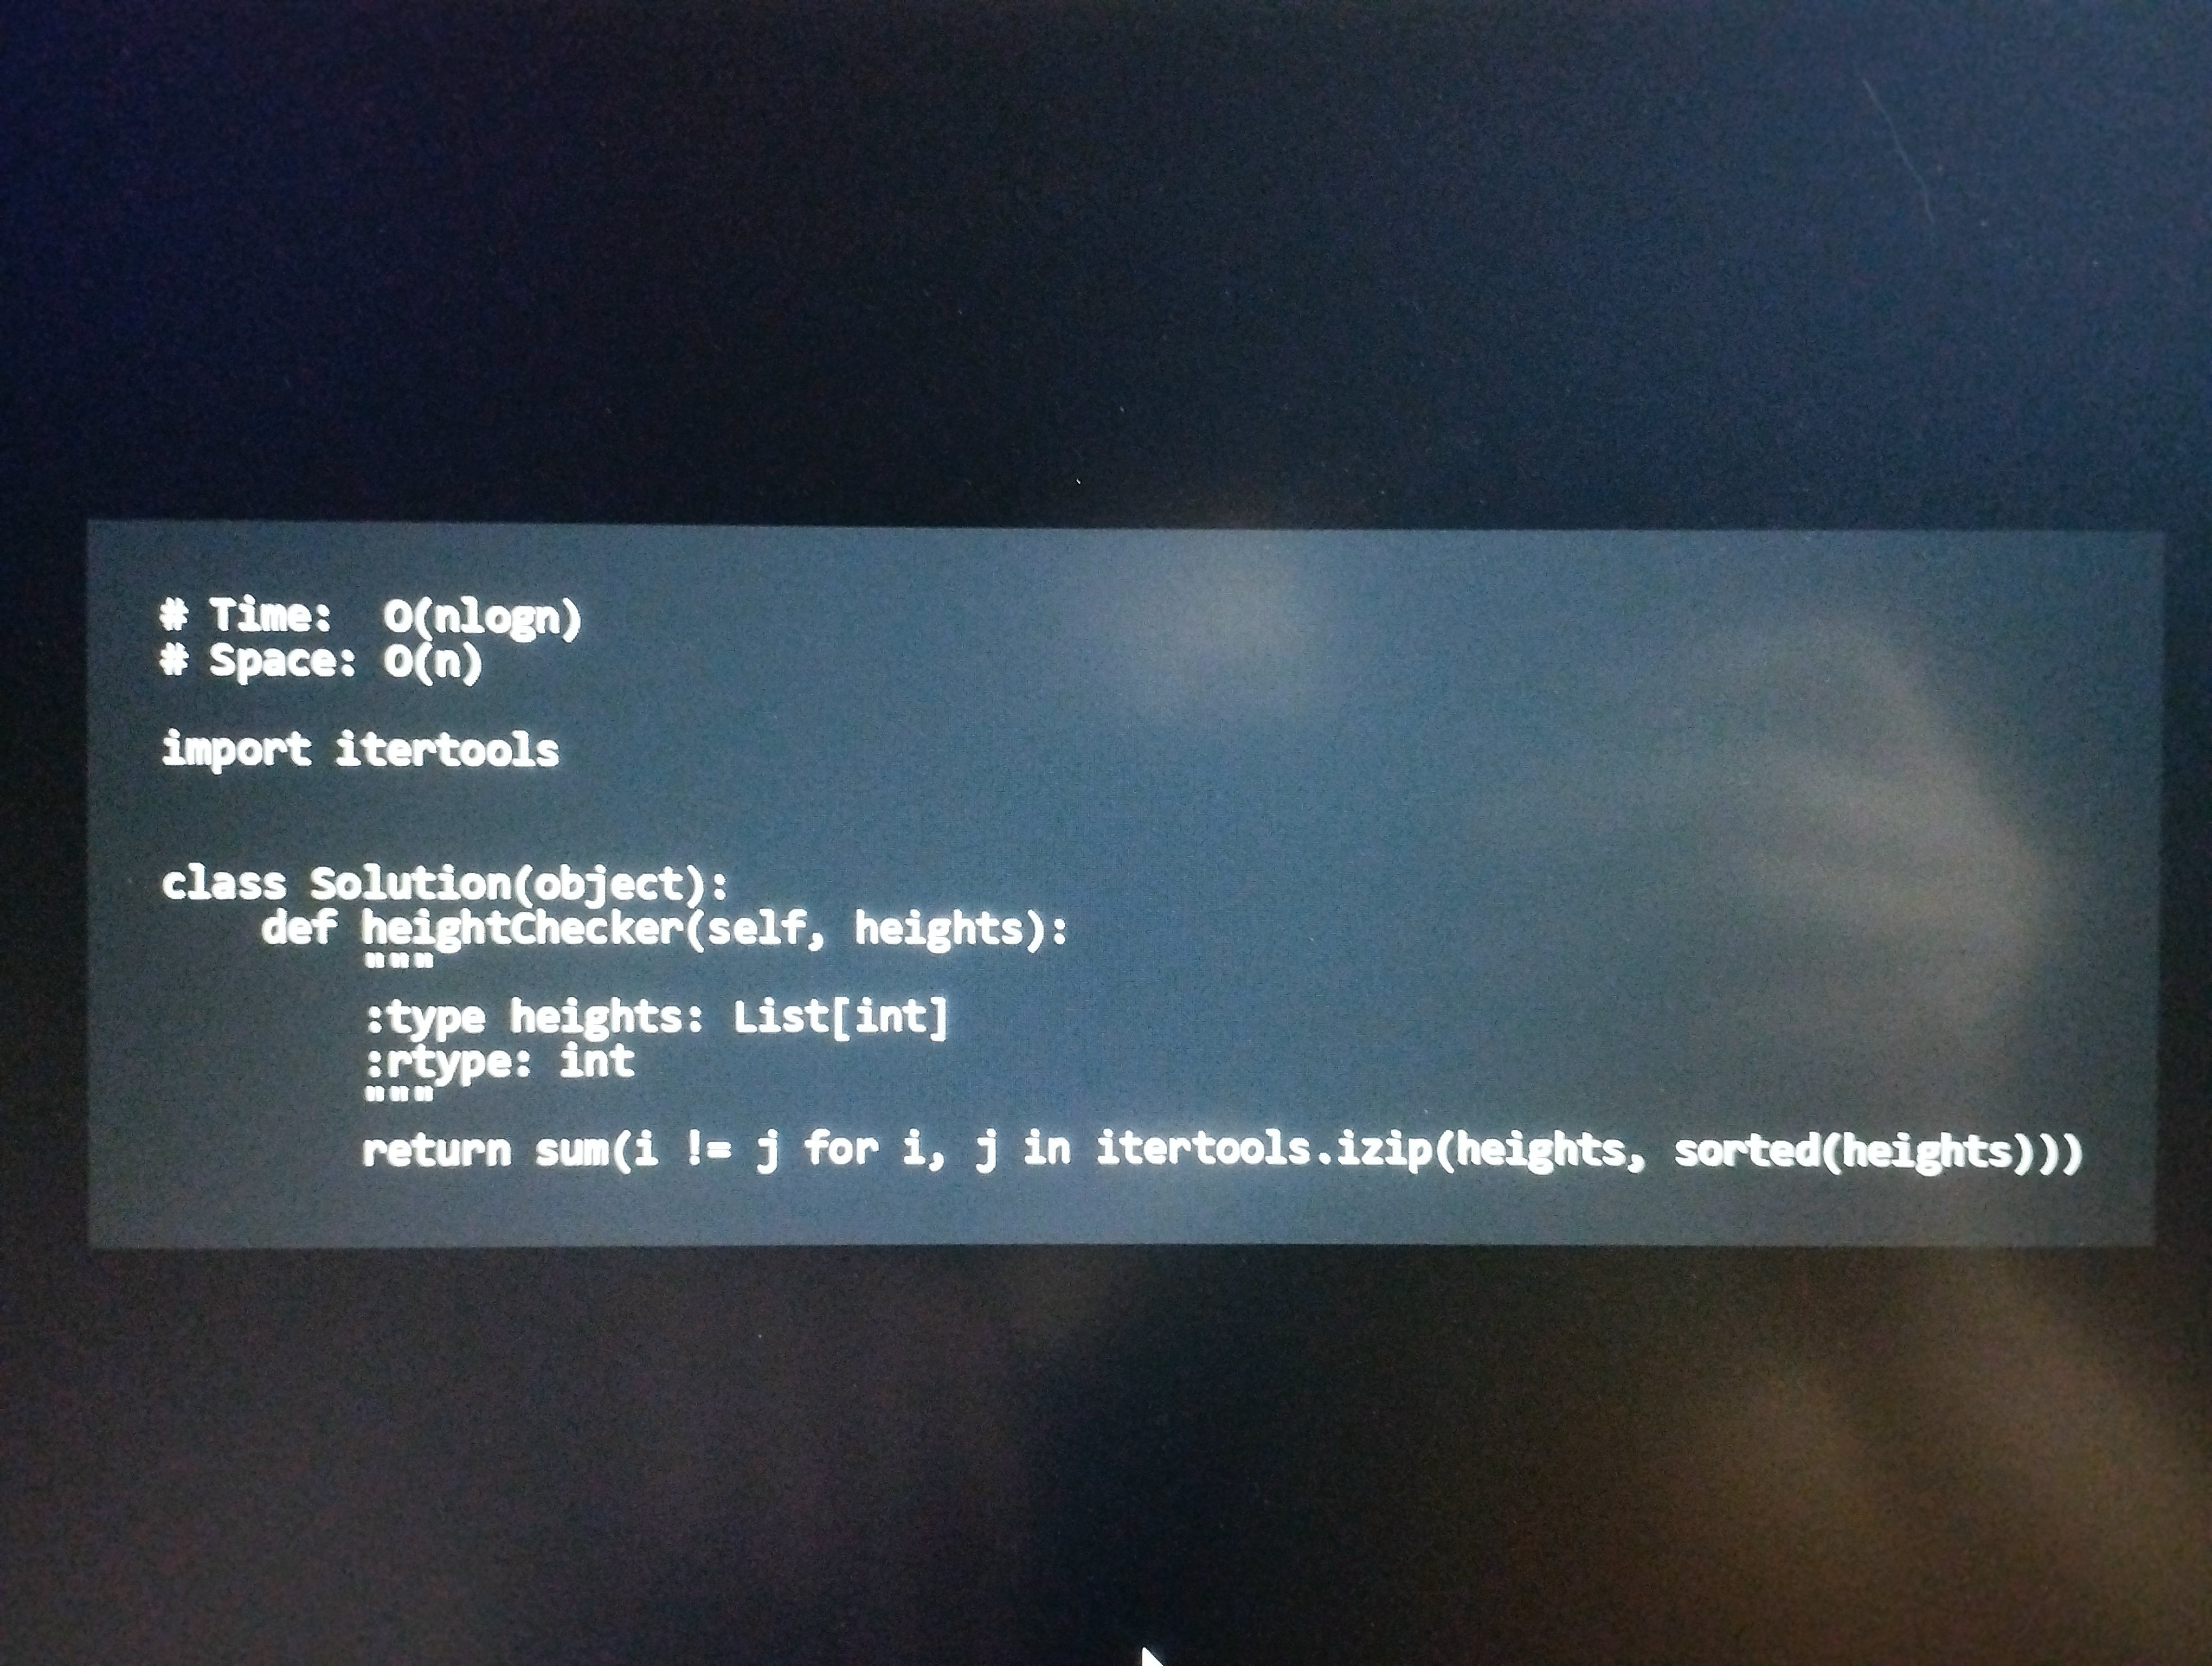
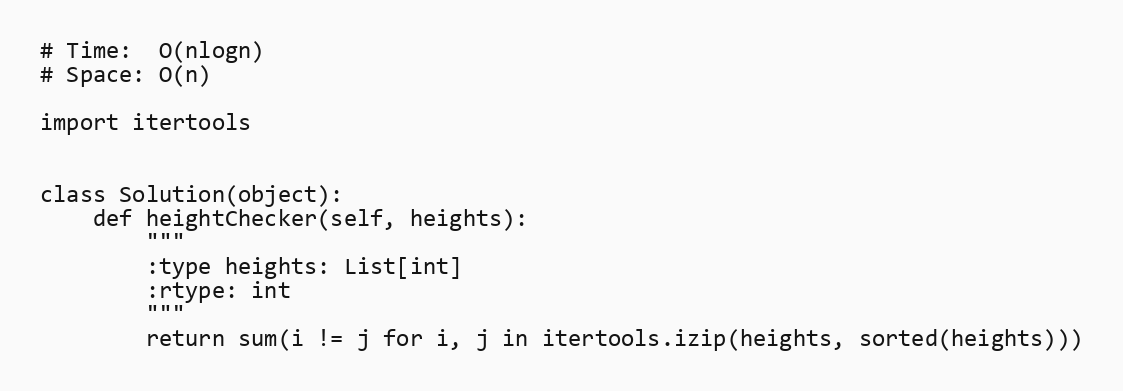
# Time:  O(nlogn)
# Space: O(n)

import itertools

class Solution(object):
    def heightChecker(self, heights):
        """
        :type heights: List[int]
        :rtype: int
        """
        return sum(i != j for i, j in itertools.izip(heights, sorted(heights)))